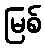
မြစ်